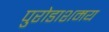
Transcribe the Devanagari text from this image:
पुरोडाशमय